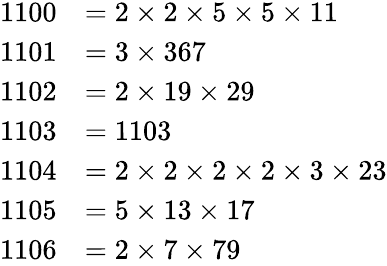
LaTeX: \begin{array}{rl}{1100}&{=2\times 2\times 5\times 5\times 11}\\ {1101}&{=3\times 367}\\ {1102}&{=2\times 19\times 29}\\ {1103}&{=1103}\\ {1104}&{=2\times 2\times 2\times 2\times 3\times 23}\\ {1105}&{=5\times 13\times 17}\\ {1106}&{=2\times 7\times 79}\end{array}